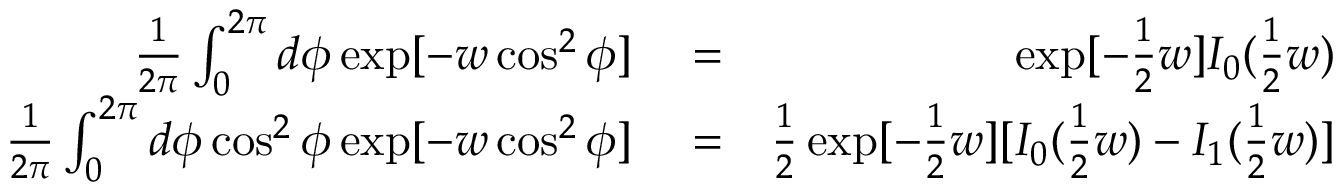
\begin{array} { r l r } { \frac { 1 } { 2 \pi } \int _ { 0 } ^ { 2 \pi } d \phi \exp [ - w \cos ^ { 2 } \phi ] } & { { } = } & { \exp [ - \frac { 1 } { 2 } w ] I _ { 0 } ( \frac { 1 } { 2 } w ) } \\ { \frac { 1 } { 2 \pi } \int _ { 0 } ^ { 2 \pi } d \phi \cos ^ { 2 } \phi \exp [ - w \cos ^ { 2 } \phi ] } & { { } = } & { \frac { 1 } { 2 } \exp [ - \frac { 1 } { 2 } w ] [ I _ { 0 } ( \frac { 1 } { 2 } w ) - I _ { 1 } ( \frac { 1 } { 2 } w ) ] } \end{array}